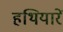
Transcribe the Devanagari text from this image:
हथियारें